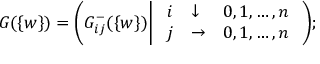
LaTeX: G ( \{ w \} ) = \Bigg ( G _ { i j } ^ { - } ( \{ w \} ) \Bigg | \left. \begin{array} { l l l } { { i } } & { { \downarrow } } & { { 0 , 1 , \ldots , n } } \\ { { j } } & { { \rightarrow } } & { { 0 , 1 , \ldots , n } } \end{array} \right. \Bigg ) ;